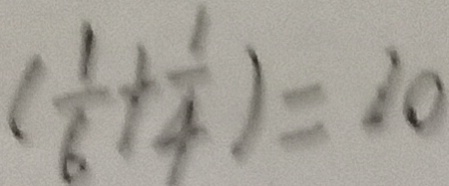
( \frac { 1 } { 6 } + \frac { 1 } { 4 } ) = 2 0